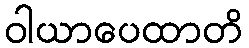
ဝါယာပေထာတိ